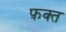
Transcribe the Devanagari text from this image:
फ़क्‍त